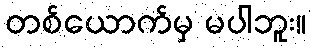
တစ်ယောက်မှ မပါဘူး။